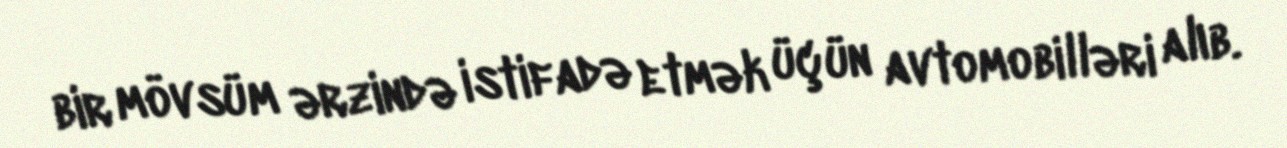
bir mövsüm ərzində istifadə etmək üçün avtomobilləri alıb.